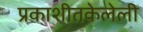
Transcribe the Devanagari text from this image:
प्रकाशीतकेलेली